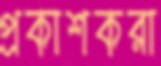
প্রকাশকরা